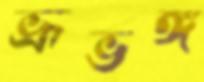
ভ্রূভঙ্গ